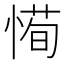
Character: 𫺰